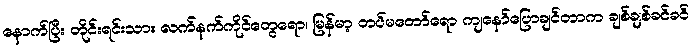
နောက်ပြီး တိုင်းရင်းသား လက်နက်ကိုင်တွေရော၊ မြန်မာ့ တပ်မတော်ရော ကျနော်ပြောချင်တာက ချစ်ချစ်ခင်ခင်